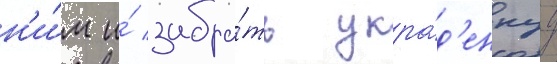
н'и́м и́ забра́ть укра́д'еннуу